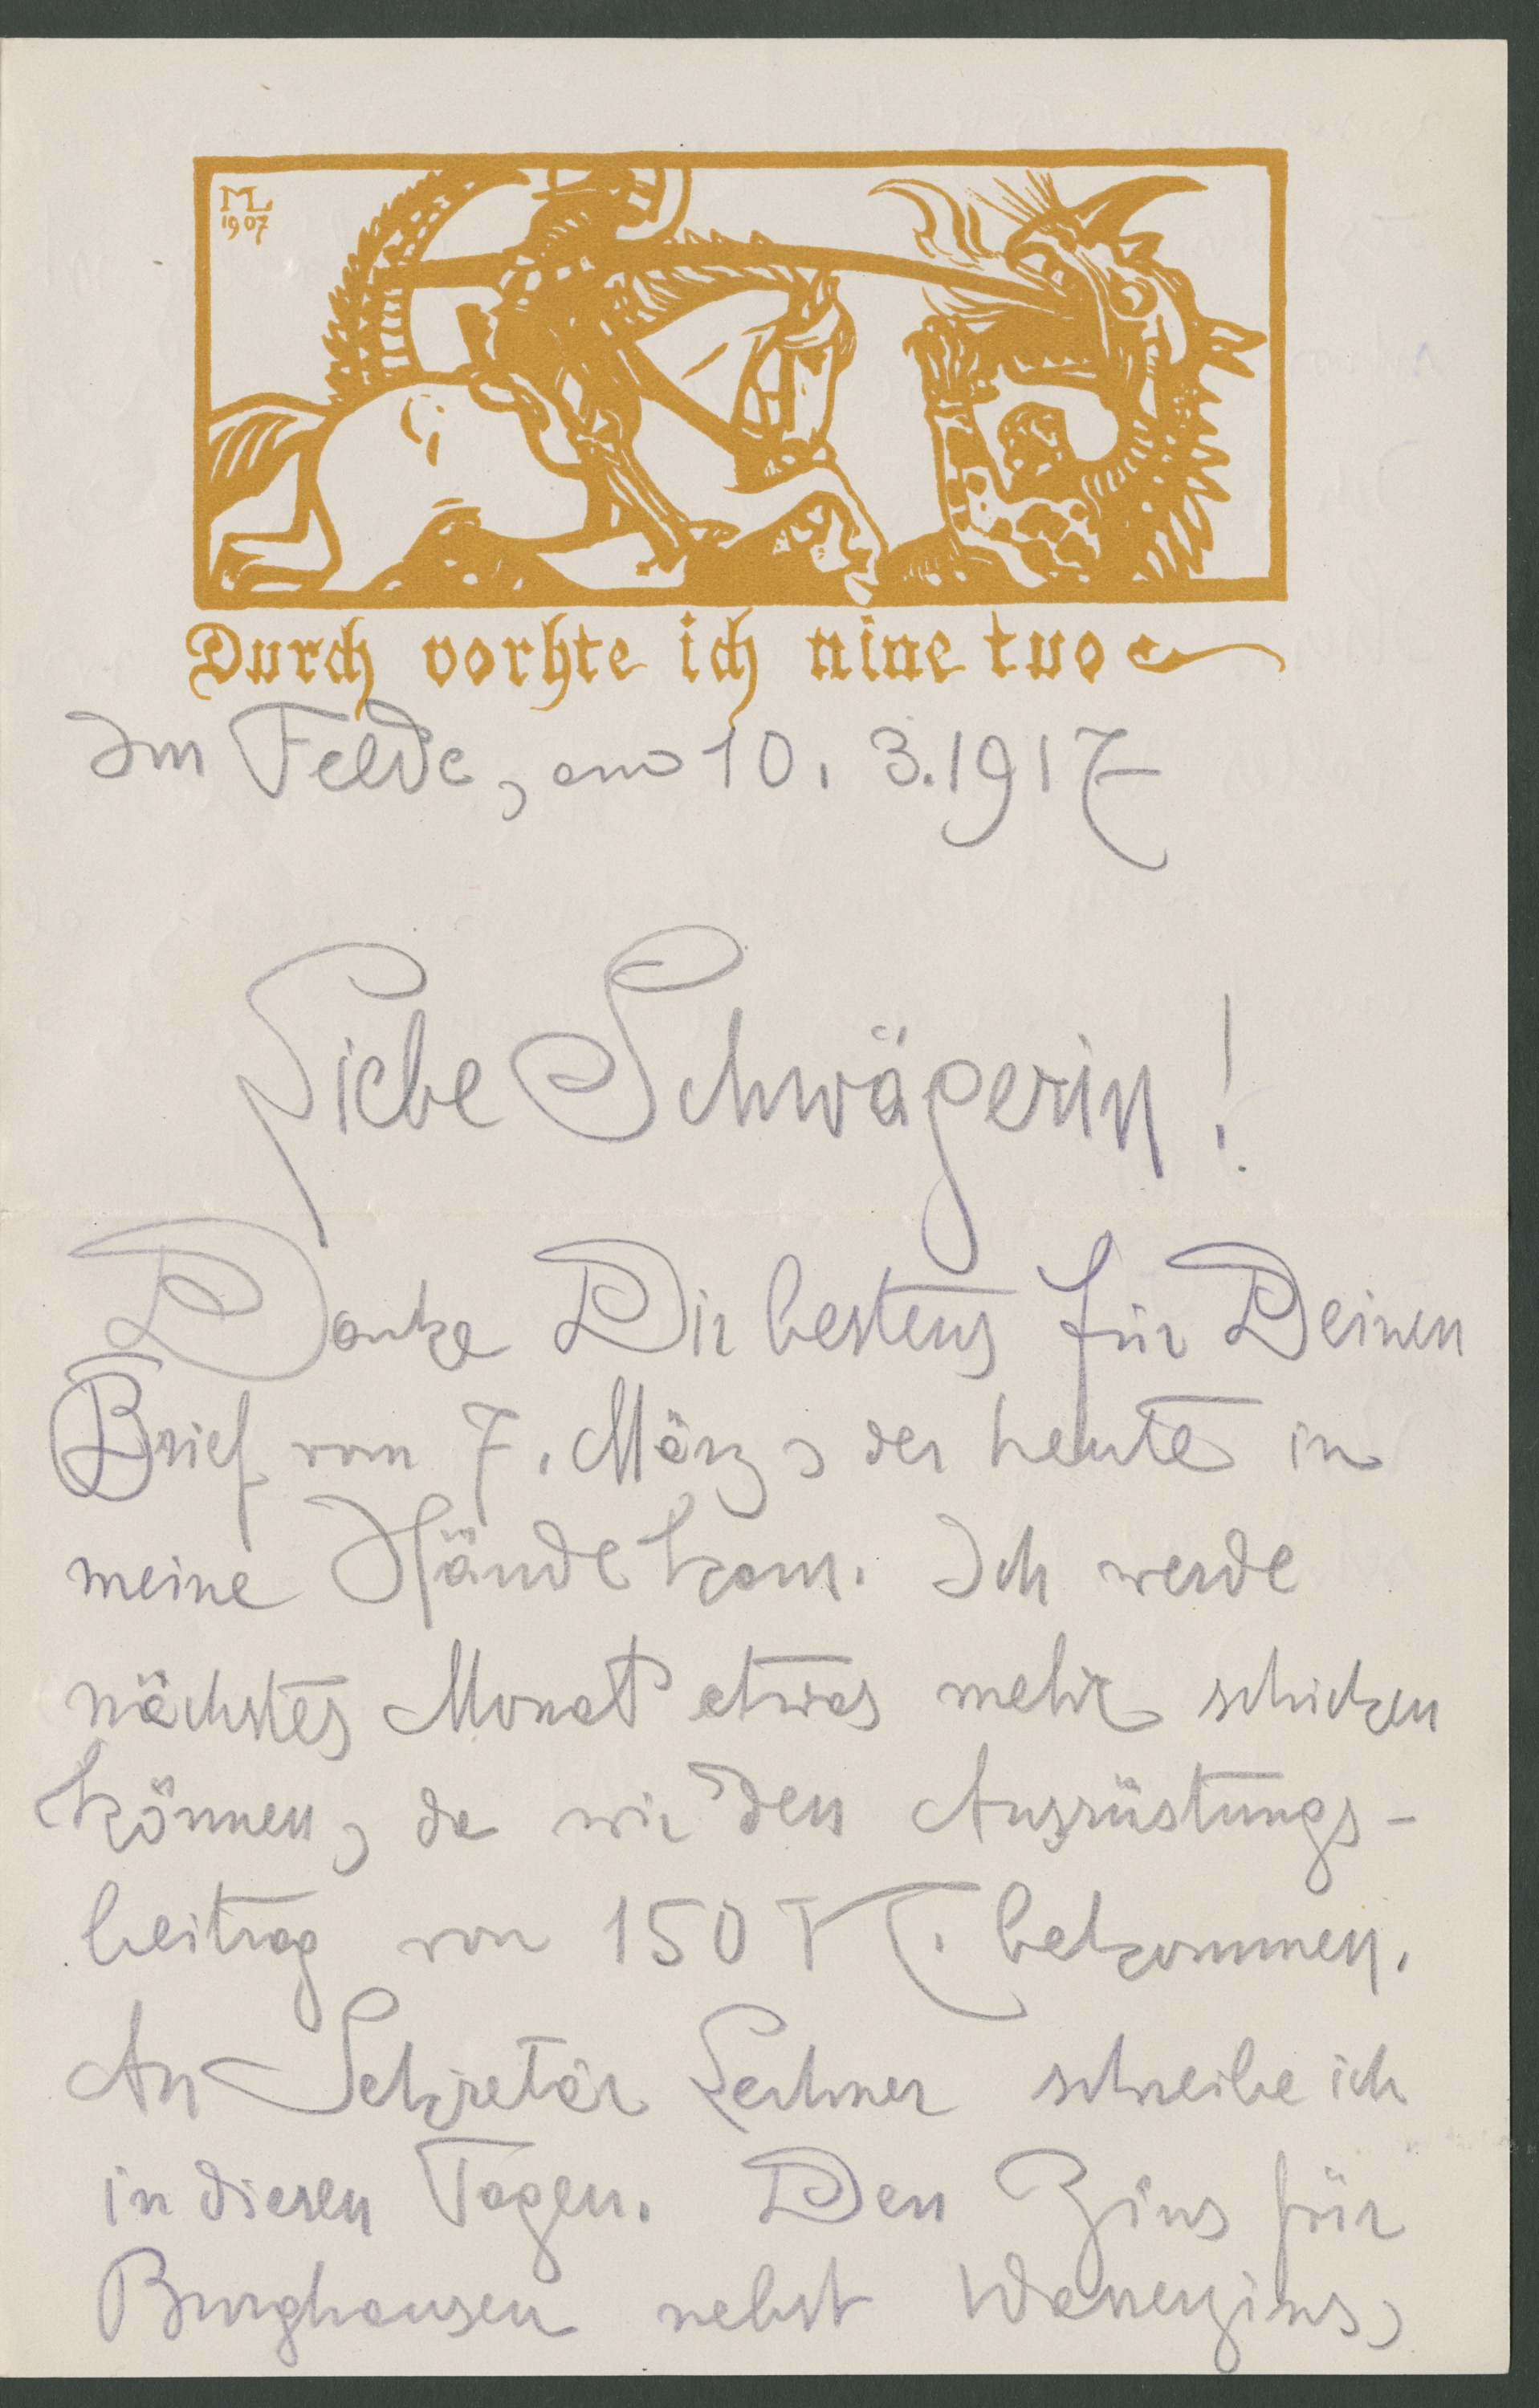
Durch vorhte ich nine tuo
Im Felde, am 10.3.1917
Liebe Schwägerin!
Danke Dir bestens für Deinen
Brief vom 7. März, der heute in
meine Hände kam. Ich werde
nächstes Monat etwas mehr schicken
können, da wir den Ausrüstungs-
beitrag von 150K. bekommen.
An Sekretär Lechner schreibe ich
in diesen Tagen. Den Zins für
Burghausen nebst Wasserzins